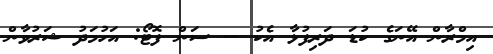
އިމްރާން އޭނަގެ ކުޑަ ދަރިފުޅާ އެކު -- ސަން ފޮޓޯ: އަހުމަދު ޝަރުވާން